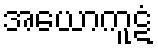
အယောကူဋံ